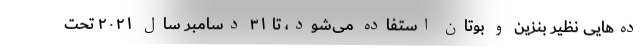
ده‌هایی نظیر بنزین و بوتان استفاده می‌شود، تا ۳۱ دسامبر سال ۲۰۲۱ تحت